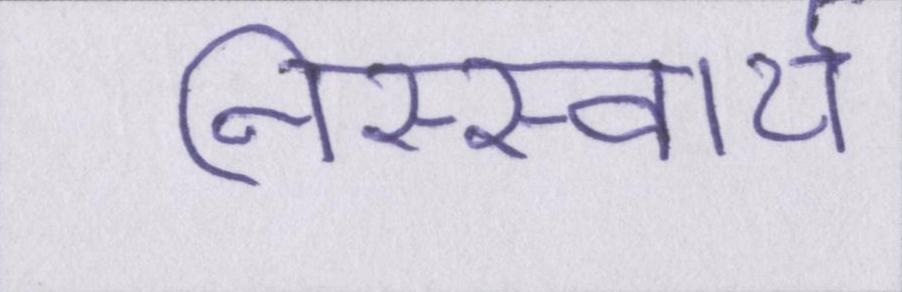
निस्स्वार्थ